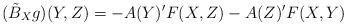
LaTeX: \begin{align*}(\tilde{B}_{X}g)(Y,Z)=-A(Y)'F(X,Z)-A(Z)'F(X,Y)\end{align*}